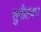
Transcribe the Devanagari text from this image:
सुनीलदत्त